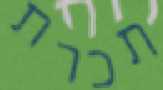
תכרת